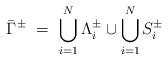
LaTeX: \begin{align*}\bar\Gamma^\pm \ = \ \bigcup_{i=1}^N \Lambda_i^\pm \cup \bigcup_{i=1}^{N}S^\pm_i\end{align*}